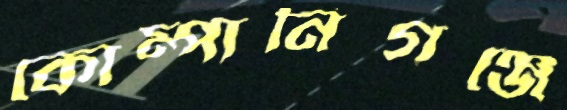
কোম্পানিগঞ্জে